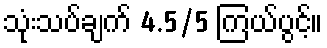
သုံးသပ်ချက် 4.5/5 ကြယ်ပွင့်။